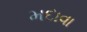
મદાવા